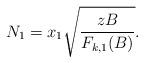
LaTeX: \begin{align*}N_1 = x_1 \sqrt{\frac{z B}{F_{k,1}(B)}}.\end{align*}